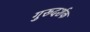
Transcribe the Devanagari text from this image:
गुरूदर्शक